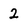
Character: 2